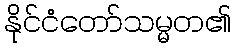
နိုင်ငံတော်သမ္မတ၏